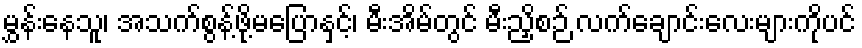
မွှန်းနေသူ၊ အသက်စွန့်ဖို့မပြောနှင့်၊ မီးအိမ်တွင် မီးညှိစဉ် လက်ချောင်းလေးများကိုပင်